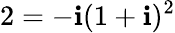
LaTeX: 2=-\mathbf{i}(1+\mathbf{i})^{2}